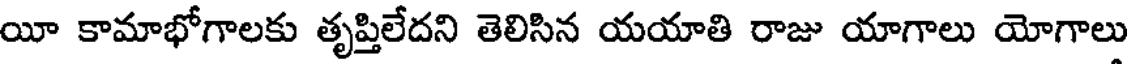
యీ కామాభోగాలకు తృప్తిలేదని తెలిసిన యయాతి రాజు యాగాలు యోగాలు